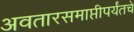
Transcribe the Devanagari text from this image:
अवतारसमाप्तीपर्यंतचे